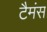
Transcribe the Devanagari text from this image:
टैमंस